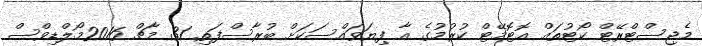
މެޖިސްޓްރޭޓް ކޯޓުތައް އޮޓޮމޭޓް ކުރުމުގެ އާ ފިޔަވައްސަކަށް ބުރާސްފަތި